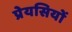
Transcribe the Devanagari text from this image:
प्रेयसियों